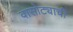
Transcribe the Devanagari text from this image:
वासोट्याची